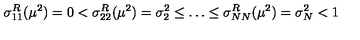
\sigma _ { 1 1 } ^ { R } ( \mu ^ { 2 } ) = 0 < \sigma _ { 2 2 } ^ { R } ( \mu ^ { 2 } ) = \sigma _ { 2 } ^ { 2 } \leq \dots \leq \sigma _ { N N } ^ { R } ( \mu ^ { 2 } ) = \sigma _ { N } ^ { 2 } < 1